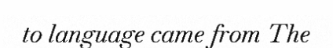
to language came from The